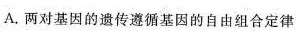
A.两对基因的遗传遵循基因的自由组合定律